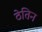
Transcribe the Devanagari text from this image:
ठेतिन